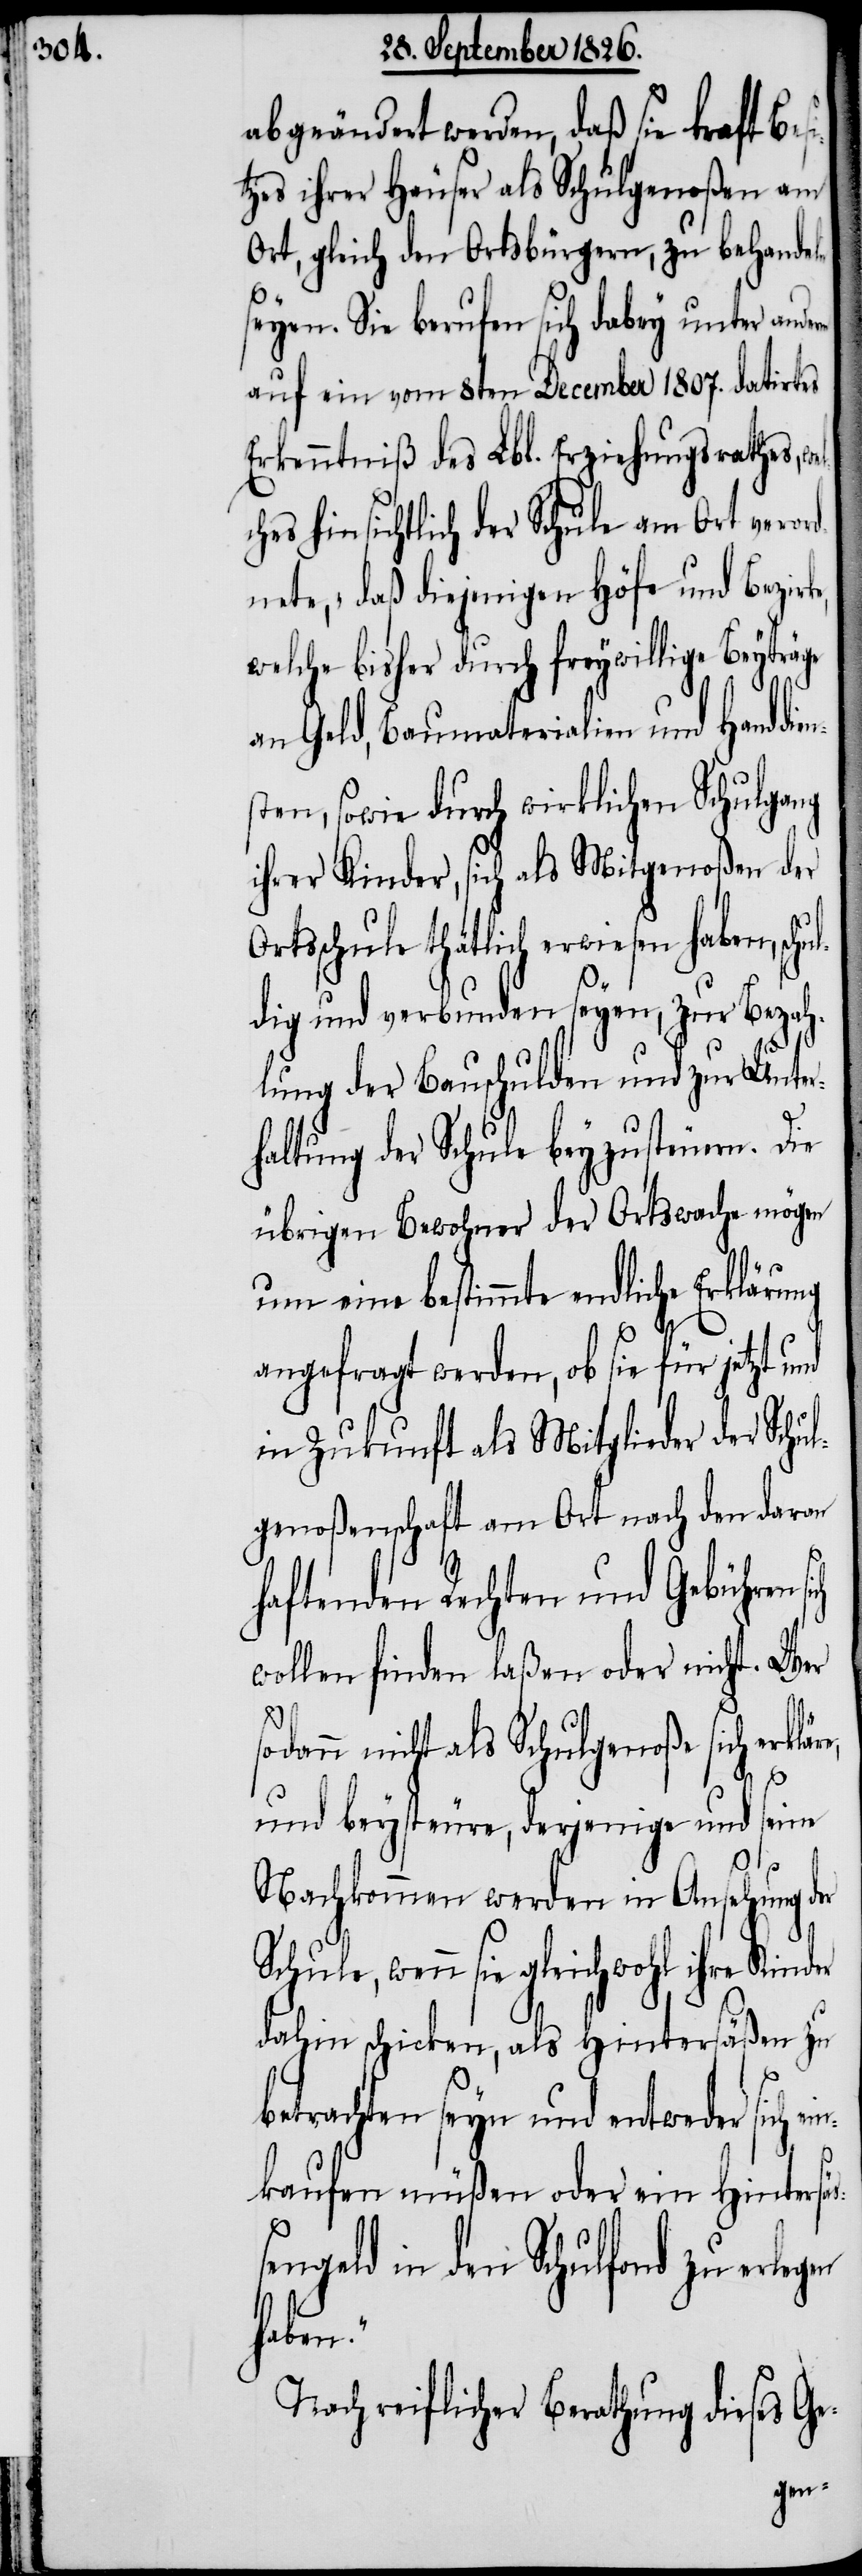
abgeändert werden, daß sie kraft Besi¬
tzes ihrer Häuser als Schulgenoßen am
Ort, gleich den Ortsbürgern, zu behandeln
seyen. Sie berufen sich dabey unter ande¬
auf ein vom 8ten December 1807. datirtes
Erkenntniß des Lbl. Erziehungsrathes, w¬
ches hinsichtlich der Schule am Ort veror¬
dnete, „daß diejenigen Höfe und Bezirk¬
welche bisher durch freywillige Beyträge
an Geld, Baumaterialien und Handdi¬
sten, sowie durch wirklichen Schulgang
ihrer Kinder, sich als Mitgenoßen der
Ortsschule thätlich erwiesen haben, schu¬
dig und verbunden seyen, zur Bezah¬
lung der Bauschulden und zur Unter¬
haltung der Schule beyzusteuern. Die
übrigen Bewohner der Ortswache mögen
um eine bestimmte endliche Erklärung
angefragt werden, ob sie für jetzt und
in Zukunft als Mitglieder der Schu¬
lgenoßenschaft am Ort nach den daran
haftenden Rechten und Gebühren
wollen finden laßen oder nicht. Wer
l¬
sodann nicht als Schulgenoße sich erkläre,
rem
und beysteuere, derjenige und seine
Nachkommen werden in Ansehnung der
Schule, wenn sie gleichwohl ihre Kinder
dahin schicken, als Hintersäßen zu
betrachten seyn und entweder sich ei¬
nkaufen müßen oder ein Hintersä¬
ßengeld in den Schulfond zu erle¬
Nach reiflicher Berathung dieses Ge-
gen